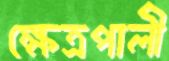
ক্ষেত্রপালী